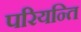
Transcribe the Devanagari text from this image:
परियन्ति